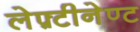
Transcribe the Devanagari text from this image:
लेफ़्टीनेण्ट